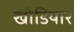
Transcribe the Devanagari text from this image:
खोडियार